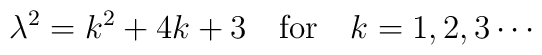
\lambda^{2}=k^{2}+4k+3 \quad {\rm for}\quad k=1,2,3\cdots